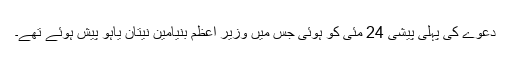
دعوے کی پہلی پیشی 24 مئی کو ہوئی جس میں وزیر اعظم بنیامین نیتان یاہو پیش ہوئے تھے۔